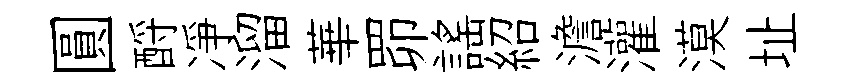
圓酹凈溜華𦊑謡紹澹灌漠址